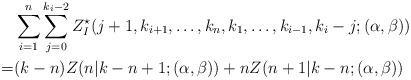
\begin{align*}\begin{aligned}&\sum_{i=1}^{n}\sum_{j=0}^{k_i-2}Z^{\star}_{I}(j+1,k_{i+1},\ldots,k_n,k_1,\ldots,k_{i-1},k_i-j;(\alpha,\beta))\\=&(k-n)Z(n|k-n+1;(\alpha,\beta))+nZ(n+1|k-n;(\alpha,\beta))\end{aligned}\end{align*}